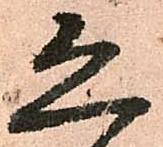
恐